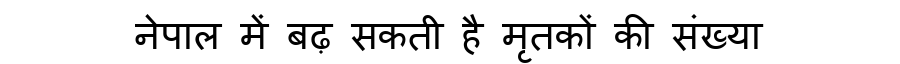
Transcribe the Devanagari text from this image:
नेपाल में बढ़ सकती है मृतकों की संख्या